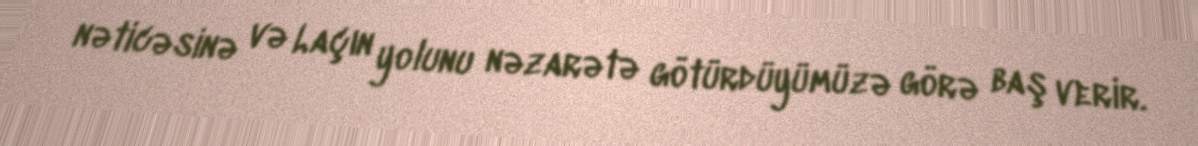
nəticəsinə və Laçın yolunu nəzarətə götürdüyümüzə görə baş verir.